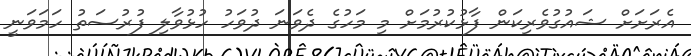
އެރަށަށް ޝައުގުވެރިކަން ފާޅުކުރުމަށް މި މަހުގެ ދެވަނަ ދުވަހު ހުޅުވާލި ފުރުސަތު ހަމަވަނީ